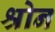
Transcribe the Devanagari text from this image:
श्रोन